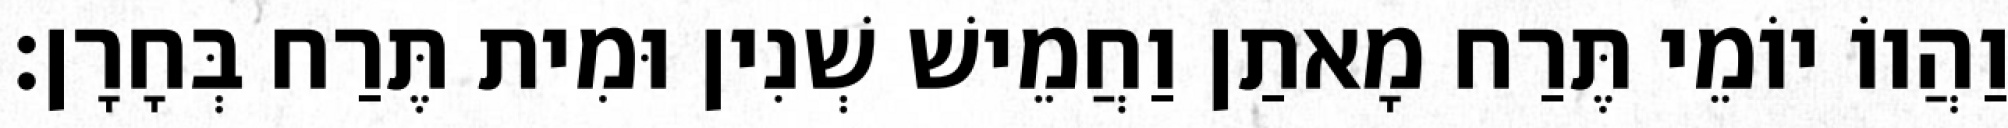
וַהֲווֹ יוֹמֵי תֶּרַח מָאתַן וַחֲמֵישׁ שְׁנִין וּמִית תֶּרַח בְּחָרָן׃